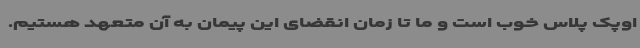
اوپک پلاس خوب است و ما تا زمان انقضای این پیمان به آن متعهد هستیم.